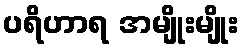
ပရိဟာရ အမျိုးမျိုး